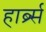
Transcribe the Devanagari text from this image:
हार्ब्र्स